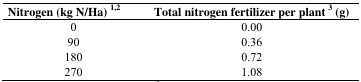
| Nitrogen (kg N/Ha) 1,2 | Total nitrogen fertilizer per plant 3 (g) |
 | --- | --- |
 | 0 | 0.00 |
 | 90 | 0.36 |
 | 180 | 0.72 |
 | 270 | 1.08 |